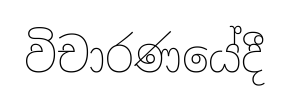
විචාරණයේදී